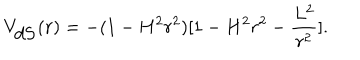
V _ { \mathrm { d S } } ( r ) = - ( 1 - H ^ { 2 } r ^ { 2 } ) [ 1 - H ^ { 2 } r ^ { 2 } - \frac { L ^ { 2 } } { r ^ { 2 } } ] .